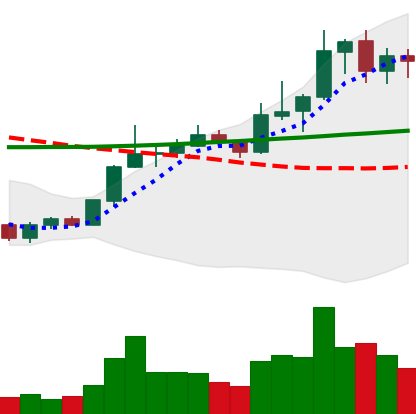
Ticker: LINK-USD
Chart end date: 2020-01-21
Forward return: -3.814%
Label: down_3_5